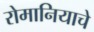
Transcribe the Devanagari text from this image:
रोमानियाचे